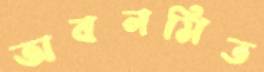
অবনমিত